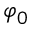
\varphi _ { 0 }